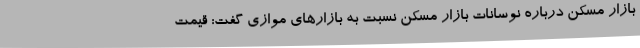
بازار مسکن درباره نوسانات بازار مسکن نسبت به بازارهای موازی گفت: قیمت